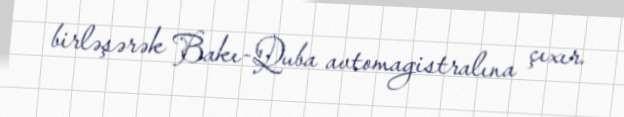
birləşərək Bakı-Quba avtomagistralına çıxır.